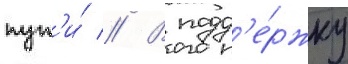
пут'и́ // В подд'е́ржку